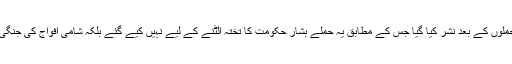
اس کی بڑی وجہ برطانوی وزیراعظم کا وہ پیغام ہے جو ان حملوں کے بعد نشر کیا گیا جس کے مطابق یہ حملے بشار حکومت کا تختہ الٹنے کے لیے نہیں کیے گئے بلکہ شامی افواج کی جنگی کارروائیوں کو ایک حد میں رکھنے کے لیے کیے گئے ہیں۔